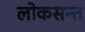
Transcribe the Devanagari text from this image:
लोकसन्त